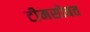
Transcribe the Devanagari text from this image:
टीमसोबत